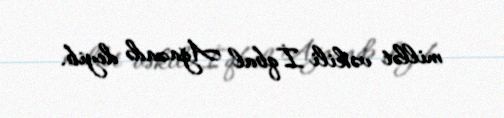
millət vəkili İqbal Ağazadə deyib.